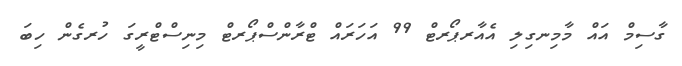
ގާސިމް އައް މާމިނގިލި އެއާރޕޯރޓް 99 އަހަރައް ޓްރާންސްޕޯރޓް މިނިސްޓްރީގަ ހުރގެން ހިބަ